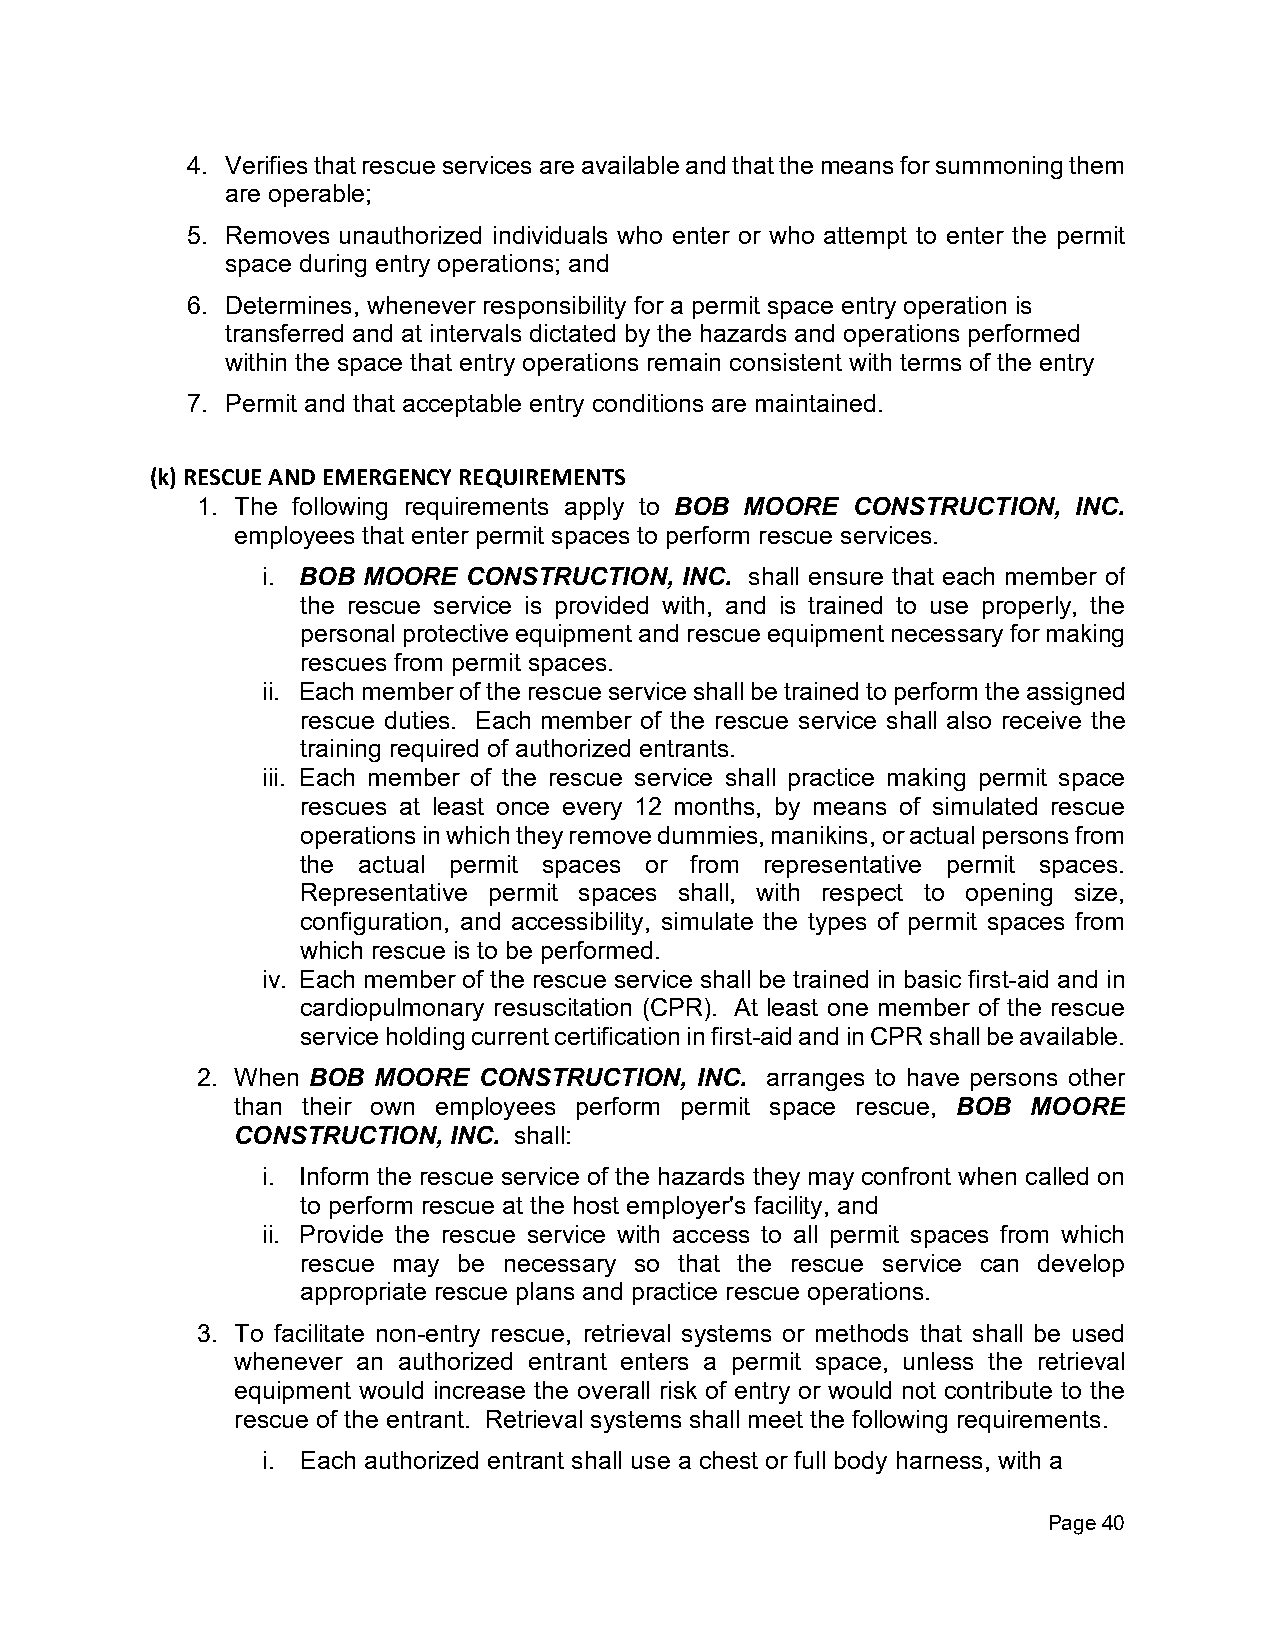
4. Verifies that rescue services are available and that the means for summoning them
 are operable;
 5. Removes unauthorized individuals who enter or who attempt to enter the permit
 space during entry operations; and
 6. Determines, whenever responsibility for a permit space entry operation is
 transferred and at intervals dictated by the hazards and operations performed
 within the space that entry operations remain consistent with terms of the entry
 7. Permit and that acceptable entry conditions are maintained.
 (k) RESCUE AND EMERGENCY REQUIREMENTS
 1. The following requirements apply to BOB MOORE CONSTRUCTION, INC.
 employees that enter permit spaces to perform rescue services.
 i. BOB MOORE  CONSTRUCTION, INC. shall ensure that each member of
 the rescue service is provided with, and is trained to use properly, the
 personal protective equipment and rescue equipment necessary for making
 rescues from permit spaces.
 ii. Each member of the rescue service shall be trained to perform the assigned
 rescue duties. Each member of the rescue service shall also receive the
 training required of authorized entrants.
 iii. Each member of the rescue service shall practice making permit space
 rescues at least once every 12 months, by means of simulated rescue
 operations in which they remove dummies, manikins, or actual persons from
 the actual permit spaces or from representative permit spaces.
 Representative permit spaces shall, with respect to opening size,
 configuration, and accessibility, simulate the types of permit spaces from
 which rescue is to be performed.
 iv. Each member of the rescue service shall be trained in basic first-aid and in
 cardiopulmonary resuscitation (CPR). At least one member of the rescue
 service holding current certification in first-aid and in CPR shall be available.
 2. When BOB MOORE  CONSTRUCTION, INC. arranges to have persons other
 than their own employees perform permit space rescue, BOB MOORE
 CONSTRUCTION, INC. shall:
 i. Inform the rescue service of the hazards they may confront when called on
 to perform rescue at the host employer's facility, and
 ii. Provide the rescue service with access to all permit spaces from which
 rescue may be necessary so that the rescue service can develop
 appropriate rescue plans and practice rescue operations.
 3. To facilitate non-entry rescue, retrieval systems or methods that shall be used
 whenever an authorized entrant enters a permit space, unless the retrieval
 equipment would increase the overall risk of entry or would not contribute to the
 rescue of the entrant. Retrieval systems shall meet the following requirements.
 i. Each authorized entrant shall use a chest or full body harness, with a
 Page 40